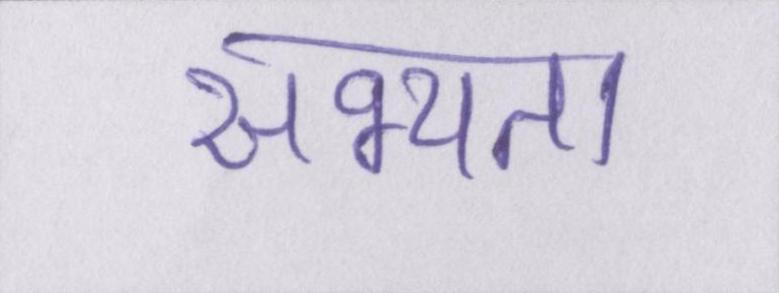
सभ्यता